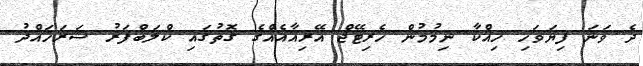
ދެ ވަނަ ފިޔަވަހި ހިއްކާ ނިމުމުން ހެރިޓޭޖް އޭރިއާއެއްގެ ގޮތުގައި ކްލަބްފަރު ސަރަހައްދު